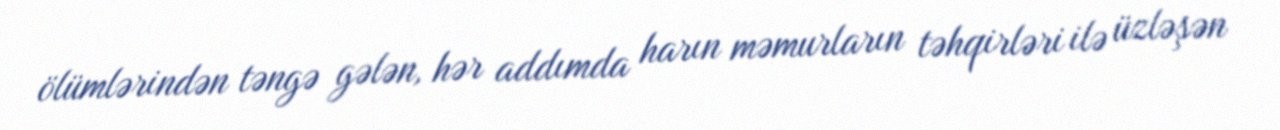
ölümlərindən təngə gələn, hər addımda harın məmurların təhqirləri ilə üzləşən